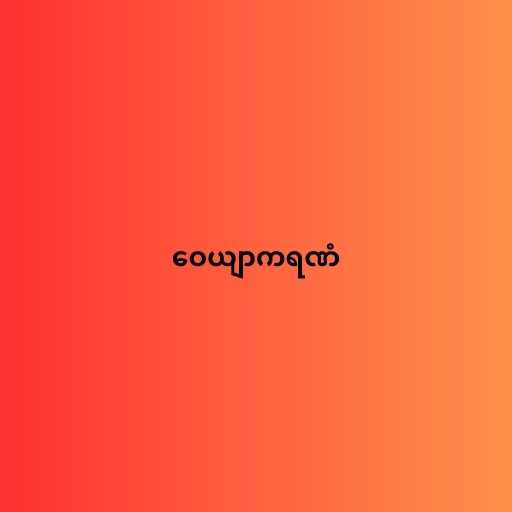
ဝေယျာကရဏံ